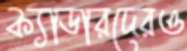
ক্যাডারদেরও